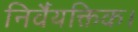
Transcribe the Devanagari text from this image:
निर्वैयक्तिक।